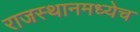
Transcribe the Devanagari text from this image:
राजस्थानमध्येच